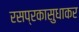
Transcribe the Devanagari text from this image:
रसप्रकासुधाकर